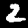
Digit: 2